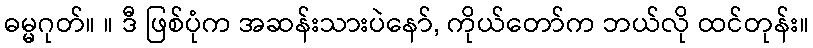
ဓမ္မဂုတ်။ ။ ဒီ ဖြစ်ပုံက အဆန်းသားပဲနော်, ကိုယ်တော်က ဘယ်လို ထင်တုန်း။